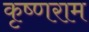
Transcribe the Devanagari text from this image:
कृष्णराम